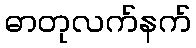
ဓာတုလက်နက်